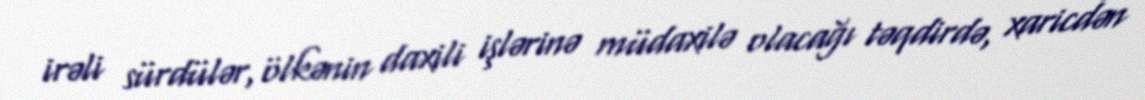
irəli sürdülər, ölkənin daxili işlərinə müdaxilə olacağı təqdirdə, xaricdən